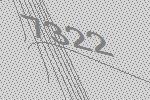
7322